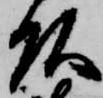
頭